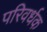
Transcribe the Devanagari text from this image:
परिवर्धक